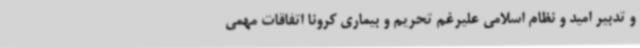
و تدبیر امید و نظام اسلامی علیرغم تحریم و بیماری کرونا اتفاقات مهمی